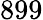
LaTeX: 899